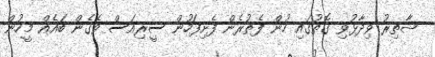
ޝާތިރު ވިދާޅުވި ގޮތުގައި ހުން ފެތުރެން ފެށިފަހުން ސީރިއަސް ވެގެން ބައެއް މީހުން